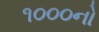
૧૦૦૦નો